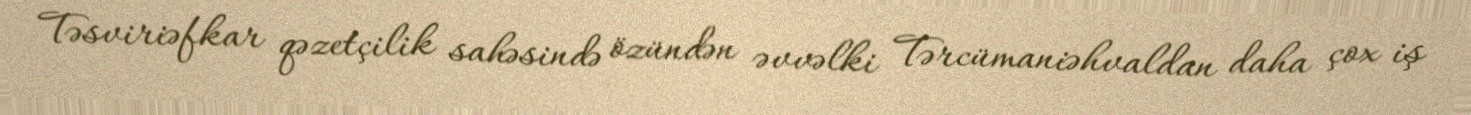
Təsviriəfkar qəzetçilik sahəsində özündən əvvəlki Tərcümaniəhvaldan daha çox iş